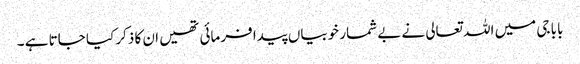
بابا جی میں اللہ تعالی نے بے شمار خوبیاں پیدا فرمائی تھیں ان کا ذکر کیا جاتا ہے ۔